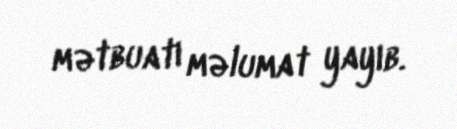
mətbuatı məlumat yayıb.